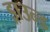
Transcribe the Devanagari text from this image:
ड्राउन्ड